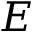
E